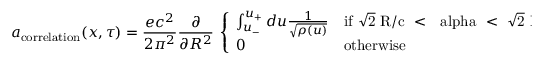
a _ { \mathrm { c o r r e l a t i o n } } ( x , \tau ) = \frac { e c ^ { 2 } } { 2 \pi ^ { 2 } } \frac { \partial } { \partial R ^ { 2 } } \ \left\{ \begin{array} { l l } { { \int _ { u _ { - } } ^ { u _ { + } } d u \frac { 1 } { \sqrt { \rho ( u ) } } } } & { { \mathrm { i f ~ \sqrt { 2 } ~ R / c ~ < ~ \ a l p h a ~ < ~ \sqrt { 2 } ~ R / c ~ } } } \\ { { 0 } } & { { \mathrm { o t h e r w i s e } } } \end{array} \right.